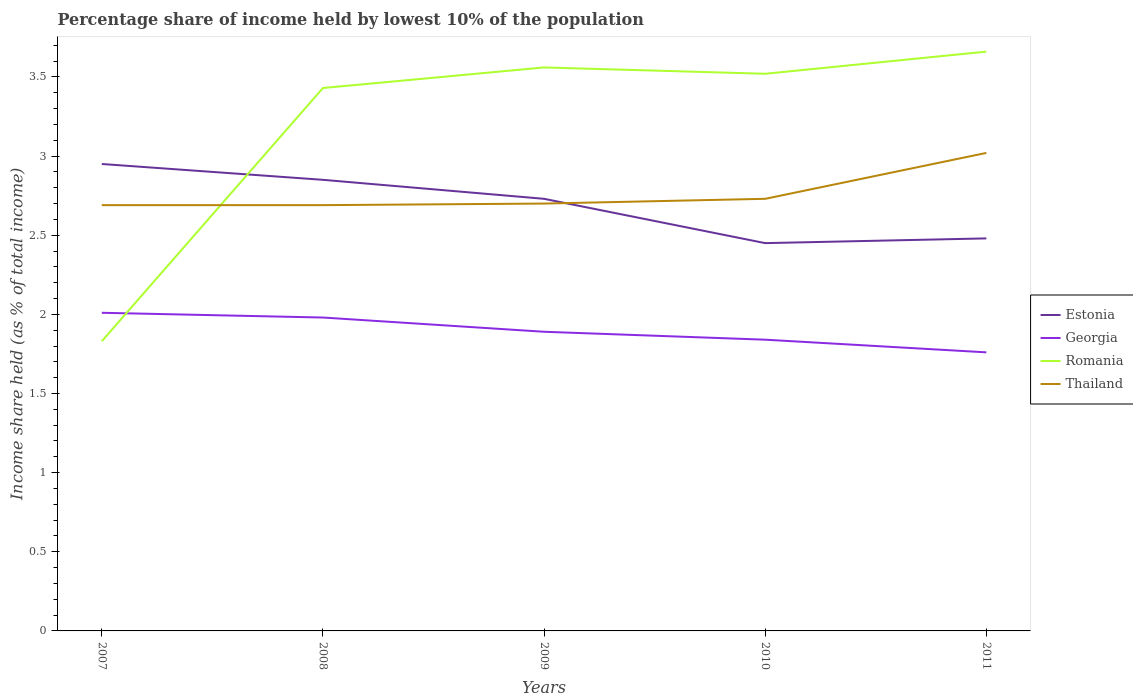
| Years | Estonia | Georgia | Romania | Thailand |
 | --- | --- | --- | --- | --- |
 | 2007 | 2.95 | 2.01 | 1.83 | 2.69 |
 | 2008 | 2.85 | 1.98 | 3.43 | 2.69 |
 | 2009 | 2.73 | 1.89 | 3.56 | 2.7 |
 | 2010 | 2.45 | 1.84 | 3.52 | 2.73 |
 | 2011 | 2.48 | 1.76 | 3.66 | 3.02 |